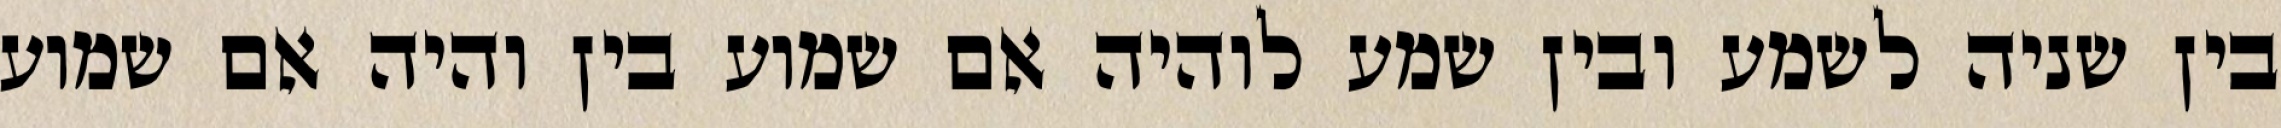
בין שניה לשמע ובין שמע לוהיה אם שמוע בין והיה אם שמוע